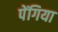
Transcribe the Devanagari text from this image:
पेंगिया